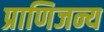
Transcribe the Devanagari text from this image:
प्राणिजन्य